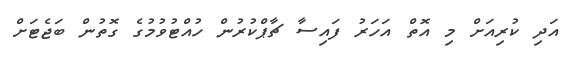
އަދި ކުރިއަށް މި އޮތް އަހަރު ފައިސާ ޗާޕްކުރުން ހުއްޓުވުމުގެ ގޮތުން ބަޖެޓަށް